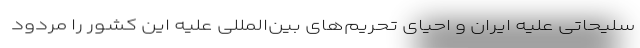
سلیحاتی علیه ایران و احیای تحریم‌های بین‌المللی علیه این کشور را مردود